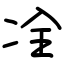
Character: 㓌